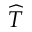
\widehat { T }